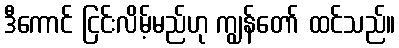
ဒီကောင် ငြင်းလိမ့်မည်ဟု ကျွန်တော် ထင်သည်။